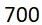
700